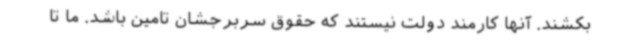
بکشند. آنها کارمند دولت نیستند که حقوق سربرجشان تامین باشد. ما تا